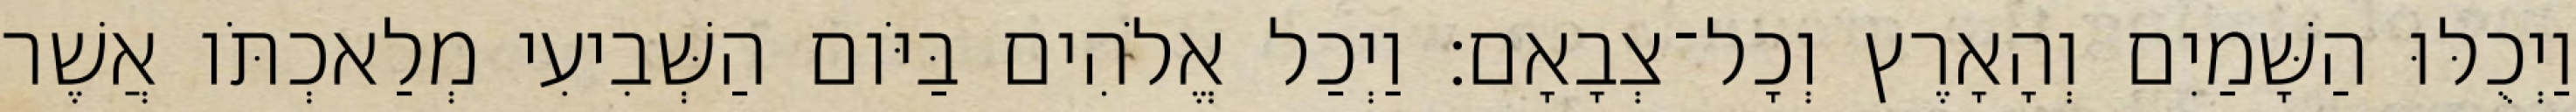
וַיְכֻלּוּ הַשָּׁמַיִם וְהָאָרֶץ וְכָל־צְבָאָם׃ וַיְכַל אֱלֹהִים בַּיֹּום הַשְּׁבִיעִי מְלַאכְתֹּו אֲשֶׁר